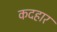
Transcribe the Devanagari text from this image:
कदहार